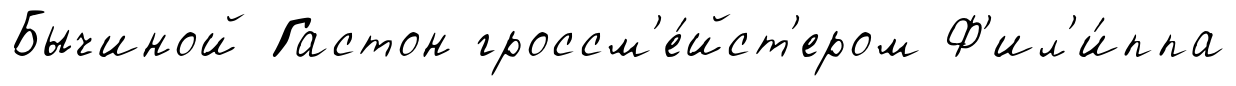
Бычиной Гастон гроссм'е́йст'ером Ф'ил'и́ппа